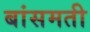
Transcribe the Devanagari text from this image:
बांसमती